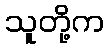
သူတို့က